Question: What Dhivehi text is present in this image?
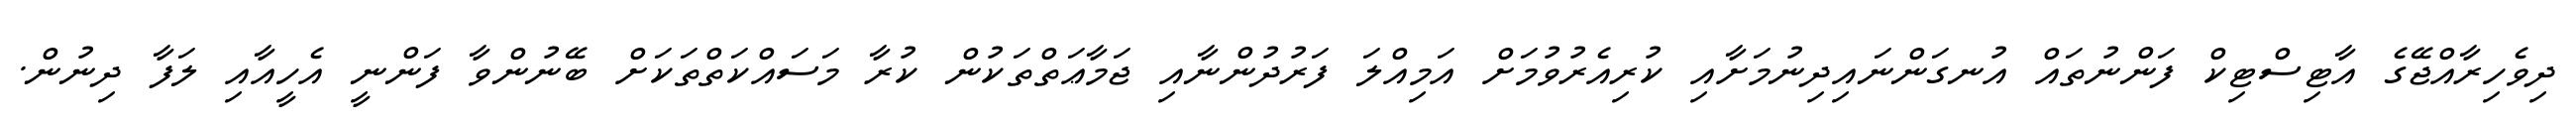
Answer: ދިވެހިރާއްޖޭގެ އާޓިސްޓިކް ފަންނުތައް އުނގަންނައިދިނުމަށާއި ކުރިއެރުވުމަށް އަމިއްލަ ފަރުދުންނާއި ޖަމާޢަތްތަކުން ކުރާ މަސައްކަތްތަކަށް ބޭނުންވާ ފަންނީ އެހީއާއި ލަފާ ދިނުން.